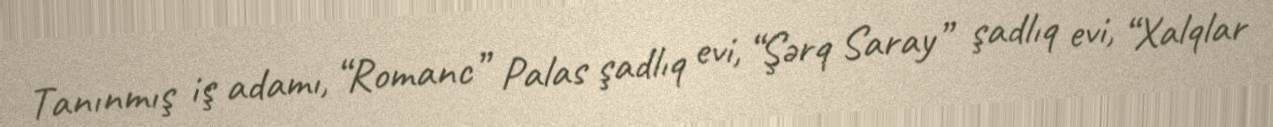
Tanınmış iş adamı, “Romanc” Palas şadlıq evi, “Şərq Saray” şadlıq evi, “Xalqlar